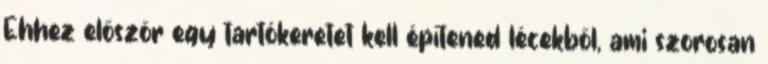
Ehhez először egy tartókeretet kell építened lécekből, ami szorosan